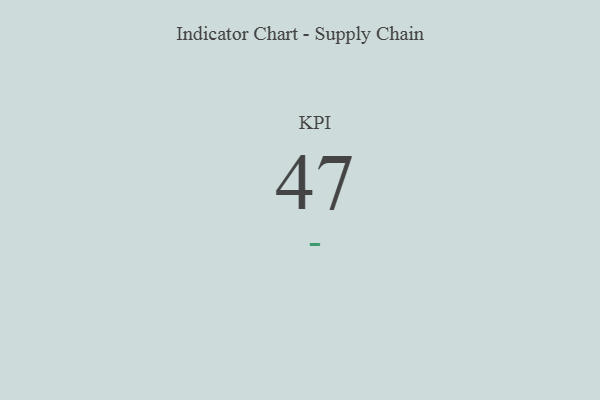
{"axis": {"x": "KPI", "y": "Value"}, "legend": [""], "data": [{"x": "KPI", "y": 47, "type": ""}]}